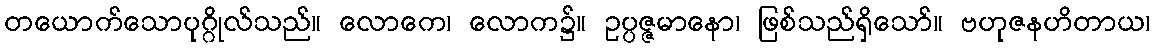
တယောက်သောပုဂ္ဂိုလ်သည်။ လောကေ၊ လောက၌။ ဥပ္ပဇ္ဇမာနော၊ ဖြစ်သည်ရှိသော်။ ဗဟုဇနဟိတာယ၊